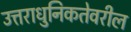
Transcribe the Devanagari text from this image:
उत्तराधुनिकतेवरील